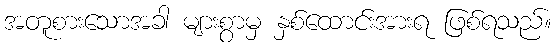
အတူစားသောအခါ များစွာမှ နှစ်ထောင်းအားရ ဖြစ်ရသည်။